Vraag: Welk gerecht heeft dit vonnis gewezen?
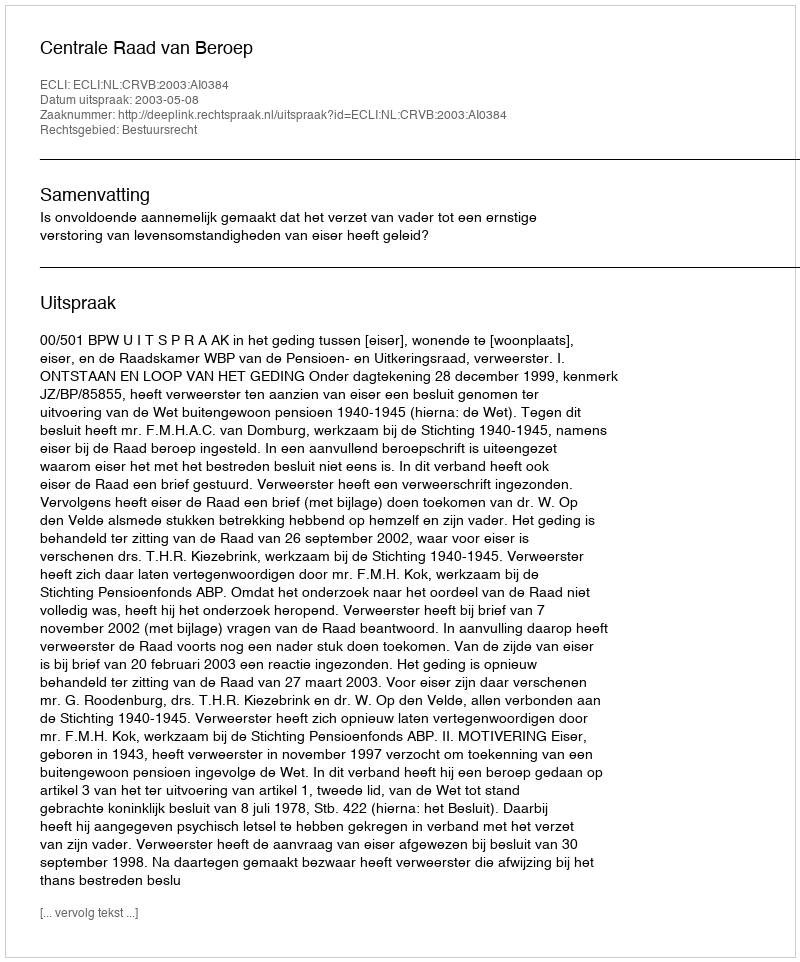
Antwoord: Centrale Raad van Beroep